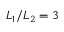
L _ { 1 } / L _ { 2 } = 3